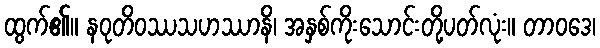
ထွက်၏။ နဝုတိဝဿသဟဿာနိ၊ အနှစ်ကိုးသောင်းတို့ပတ်လုံး။ တာဝဒေ၊